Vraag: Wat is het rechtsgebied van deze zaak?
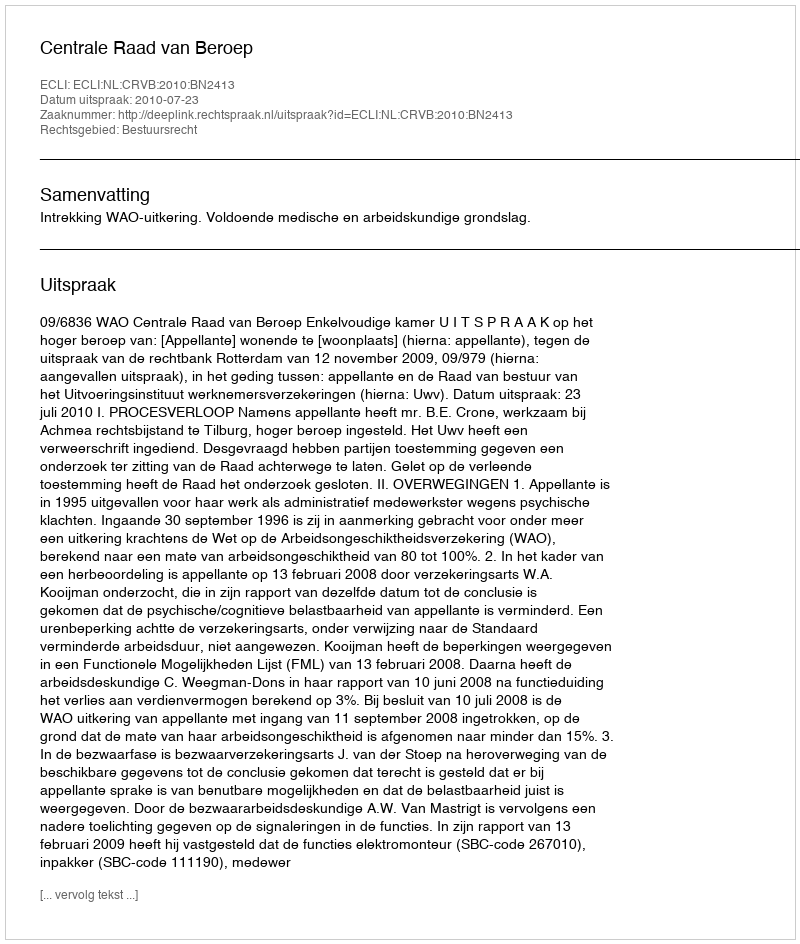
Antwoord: Bestuursrecht